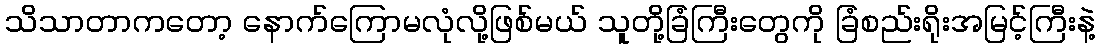
သိသာတာကတော့ နောက်ကြောမလုံလို့ဖြစ်မယ် သူတို့ခြံကြီးတွေကို ခြံစည်းရိုးအမြင့်ကြီးနဲ့